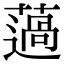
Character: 薖